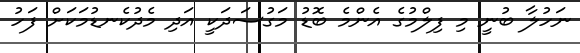
ނަހުލާ ބުނީ މި ފިލްމުގެ އެންމެ ބޮޑު މަގުސަދަކީ އަދި މެދުކެނޑުމަކަށް ފަހު